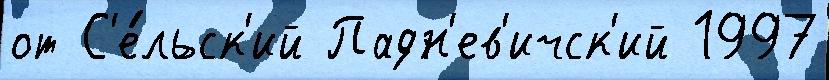
от С'е́льск'ий Падн'ев'ичск'ий 1997